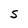
Character: S